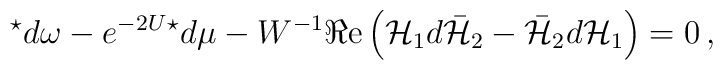
{}^{\star}d\omega  -e^{-2U} {}^{\star} d\mu  -W^{-1} \Re{\rm e}\left( {\cal H}_{1}d\bar{\cal H}_{2} -\bar{\cal H}_{2}d{\cal H}_{1}\right) = 0\, ,